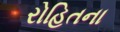
રોહિતના